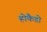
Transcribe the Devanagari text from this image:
होकैडो